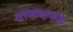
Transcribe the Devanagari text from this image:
चाणाक्षपणे